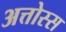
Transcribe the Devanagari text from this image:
अत्तोस्स